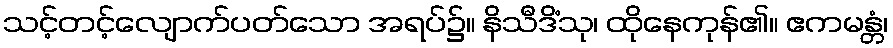
သင့်တင့်လျောက်ပတ်သော အရပ်၌။ နိသီဒိံသု၊ ထိုနေကုန်၏။ ဧကမန္တံ၊